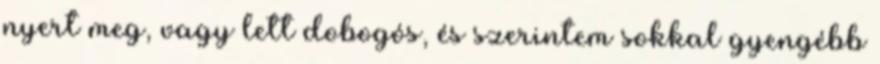
nyert meg, vagy lett dobogós, és szerintem sokkal gyengébb